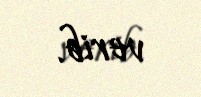
verib.